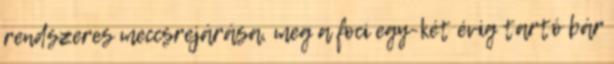
rendszeres meccsrejárása, meg a foci egy-két évig tartó bár